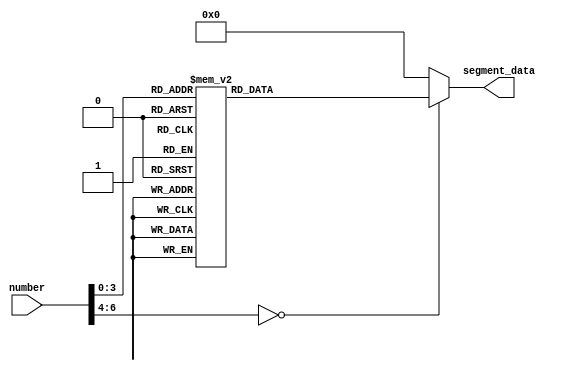
//this is a transformer BCD to seven segment code:

`timescale 1ps/1ps

module BCD2SEVEN_SEGMENT (
    input [6:0]number,
    output reg [7:0]segment_data
);
    //this shows the number monitor:
    always @(number) begin
        case (number)
            7'd0 :      segment_data <= 8'b00111111;
            7'd1 :      segment_data <= 8'b00000110;
            7'd2 :      segment_data <= 8'b01011011;
            7'd3 :      segment_data <= 8'b01001111;           
            7'd4 :      segment_data <= 8'b01100110;
            7'd5 :      segment_data <= 8'b01101101;
            7'd6 :      segment_data <= 8'b01111101;
            7'd7 :      segment_data <= 8'b00000111;
            7'd8 :      segment_data <= 8'b01111111;
            7'd9 :      segment_data <= 8'b01101111;
            default :   segment_data <= 8'b00000000;  
        endcase
    end

endmodule